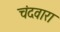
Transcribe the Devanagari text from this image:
चंदवारा